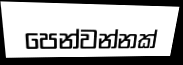
පෙන්වන්නක්